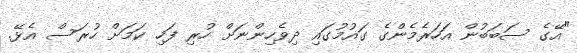
"އޭގެ ސަބަބުން އަހަރެމެންގެ ގައުމުގައި ދިވެހިންނަށް ހުރި ފަހި ކަމަށް ހުރަސް އެޅޭ.